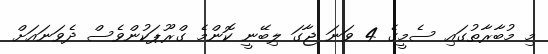
މި މުބާރާތުގައި ސެމީގެ 4 ވަނަ ޖާގަ ލިބޭނީ ކޮންމެ ގްރޫޕަކުންވެސް ދެވަނައަށް